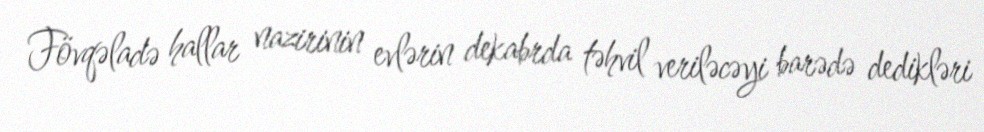
Fövqəladə hallar nazirinin evlərin dekabrda təhvil veriləcəyi barədə dedikləri